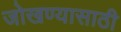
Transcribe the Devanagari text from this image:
जोखण्यासाठी